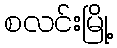
စလင်းမြို့